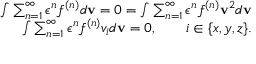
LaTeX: \begin{array} { r } { \int \sum _ { n = 1 } ^ { \infty } \epsilon ^ { n } f ^ { ( n ) } d \mathbf { v } = 0 = \int \sum _ { n = 1 } ^ { \infty } \epsilon ^ { n } f ^ { ( n ) } \mathbf { v } ^ { 2 } d \mathbf { v } } \\ { \int \sum _ { n = 1 } ^ { \infty } \epsilon ^ { n } f ^ { ( n ) } v _ { i } d \mathbf { v } = 0 , \qquad i \in \{ x , y , z \} . } \end{array}